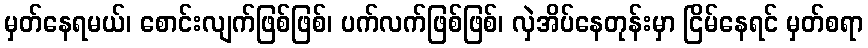
မှတ်နေရမယ်၊ စောင်းလျက်ဖြစ်ဖြစ်၊ ပက်လက်ဖြစ်ဖြစ်၊ လှဲအိပ်နေတုန်းမှာ ငြိမ်နေရင် မှတ်စရာ